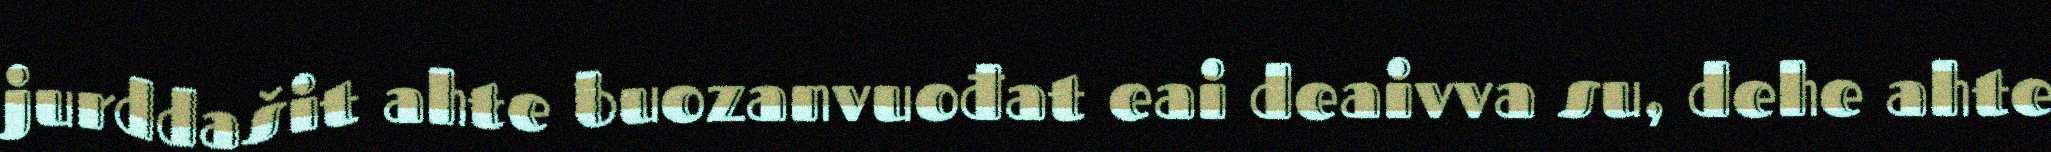
jurddašit ahte buozanvuođat eai deaivva su, dehe ahte